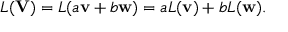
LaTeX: L ( \mathbf { V } ) = L ( a \mathbf { v } + b \mathbf { w } ) = a L ( \mathbf { v } ) + b L ( \mathbf { w } ) .